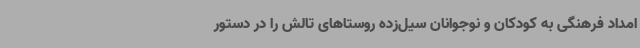
امداد فرهنگی به کودکان و نوجوانان سیل‌زده روستاهای تالش را در دستور